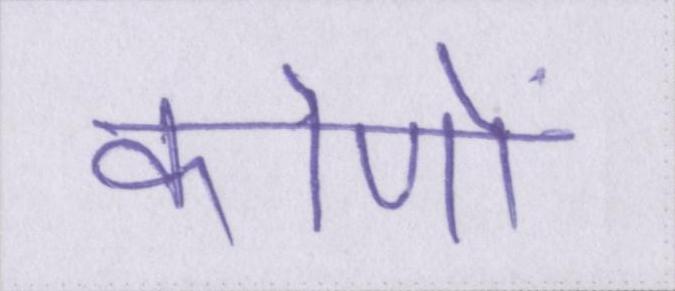
कोणों